Vaccine operations Central Provinces 1900-1911 - 1900-1911
Year: 1900
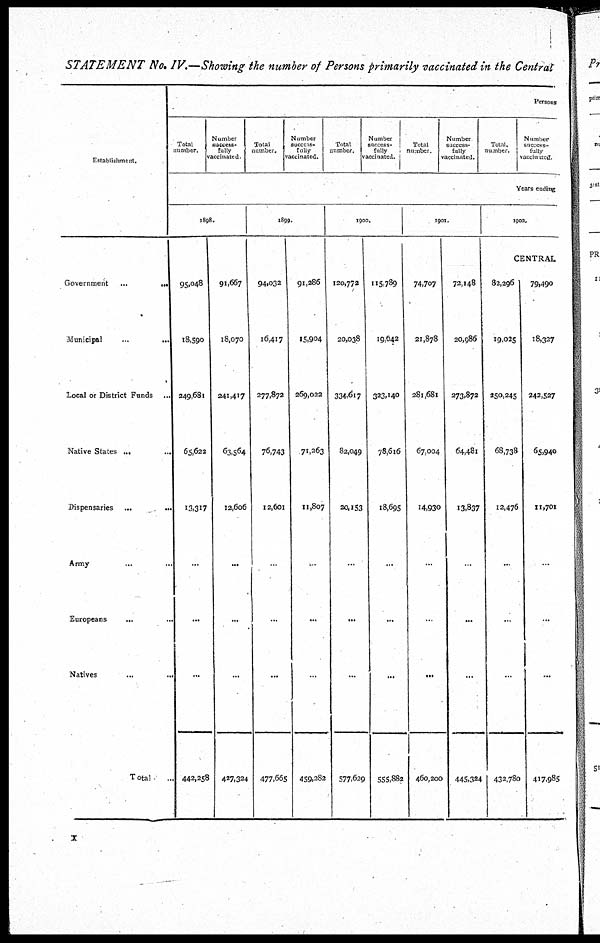
STATEMENT No. IV.—Showing the number of Persons primarily vaccinated in the Central
Establishment.
Government
...
...
Municipal ... ...
Local or District Funds ...
Native States ... ...
Dispensaries ...
...
Army
... ...
Europeans
... ...
Natives
... ...
Total
...
Persons
Total
number.
Number
success-
fully
vaccinated
Total
number.
Number
success-
fully
vaccinated.
Total
number.
Number
success¬
fully
vaccinated.
Total
number
Number
success-
fully
vaccinated.
Total.
number.
Number
success-
fully
vaccinated.
Years ending
1898.
95,048
18,590
249,681
65,622
13,317
...
...
...
442,258
91,667
18,070
241,417
63,564
12,606
...
...
...
427,324
1899.
94,032
16,417
277,872
76,743
12,601
...
...
...
477,665
91,286
15,904
269,022
71,263
11,807
...
...
...
459,282
1900.
120,772
20,038
334,617
82,049
20,153
...
...
...
577,629
115,789
19,642
323,140
78,616
18,695
...
...
...
555,882
1901.
74,707
21,878
281,681
67,004
14,930
...
...
...
460,200
72,148
20,986
273,872
64,481
13,837
...
...
...
445,324
1902.
CENTRAL
82,296
19,025
250,245
68,738
12,476
...
...
...
432,780
79,490
18,327
242,527
65,940
11,701
...
...
...
417,985
x